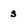
Character: s